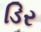
ડિર